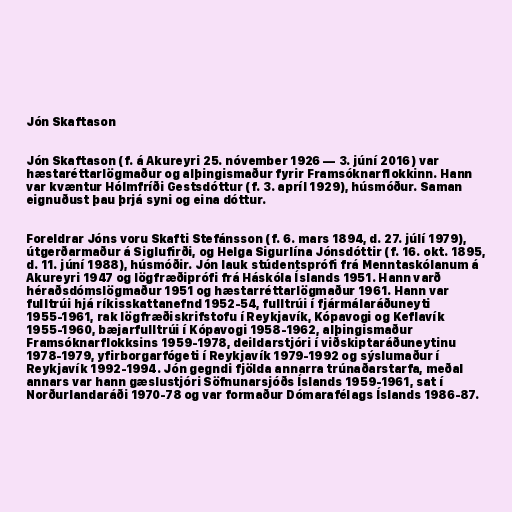
Jón Skaftason

Jón Skaftason (f. á Akureyri 25. nóvember 1926 — 3. júní 2016) var
hæstaréttarlögmaður og alþingismaður fyrir Framsóknarflokkinn. Hann
var kvæntur Hólmfríði Gestsdóttur (f. 3. apríl 1929), húsmóður. Saman
eignuðust þau þrjá syni og eina dóttur.

Foreldrar Jóns voru Skafti Stefánsson (f. 6. mars 1894, d. 27. júlí 1979),
útgerðarmaður á Siglufirði, og Helga Sigurlína Jónsdóttir (f. 16. okt. 1895,
d. 11. júní 1988), húsmóðir. Jón lauk stúdentsprófi frá Menntaskólanum á
Akureyri 1947 og lögfræðiprófi frá Háskóla Íslands 1951. Hann varð
héraðsdómslögmaður 1951 og hæstarréttarlögmaður 1961. Hann var
fulltrúi hjá ríkisskattanefnd 1952-54, fulltrúi í fjármálaráðuneyti
1955-1961, rak lögfræðiskrifstofu í Reykjavík, Kópavogi og Keflavík
1955-1960, bæjarfulltrúi í Kópavogi 1958-1962, alþingismaður
Framsóknarflokksins 1959-1978, deildarstjóri í viðskiptaráðuneytinu
1978-1979, yfirborgarfógeti í Reykjavík 1979-1992 og sýslumaður í
Reykjavík 1992-1994. Jón gegndi fjölda annarra trúnaðarstarfa, meðal
annars var hann gæslustjóri Söfnunarsjóðs Íslands 1959-1961, sat í
Norðurlandaráði 1970-78 og var formaður Dómarafélags Íslands 1986-87.